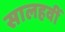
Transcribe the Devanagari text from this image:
सालहवीं